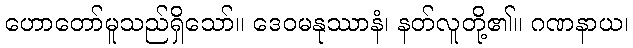
ဟောတော်မူသည်ရှိသော်။ ဒေဝမနုဿာနံ၊ နတ်လူတို့၏။ ဂဏနာယ၊